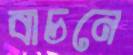
বাচনে